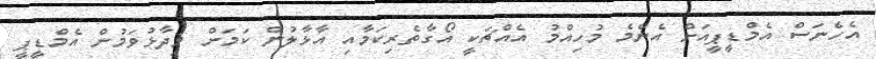
އެހެނަސް އެމްޑީޕީއަށް އެންމެ މުހިއްމު އެއްޗަކީ އޯގާތެރިކަމާއި އާޅާލުން ކަމަށް ވިދާޅުވަމުން އެމްޑީޕީ